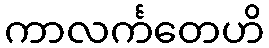
ကာလင်္ကတေဟိ